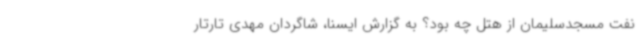
نفت مسجدسلیمان از هتل چه بود؟ به گزارش ایسنا، شاگردان مهدی تارتار